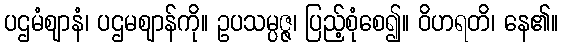
ပဌမံဈာနံ၊ ပဌမဈာန်ကို။ ဥပသမ္ပဇ္ဇ၊ ပြည့်စုံစေ၍။ ဝိဟရတိ၊ နေ၏။